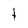
Character: t